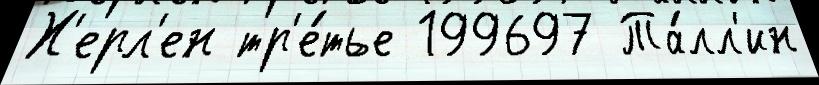
Х'ерл'ен тр'е́тье 199697 Та́лл'ин